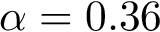
\alpha = 0 . 3 6